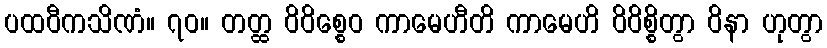
ပထဝီကသိဏံ။ ၇၀။ တတ္ထ ဝိဝိစ္စေဝ ကာမေဟီတိ ကာမေဟိ ဝိဝိစ္စိတွာ ဝိနာ ဟုတွာ